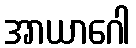
အာယာဂေါ